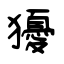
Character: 獶